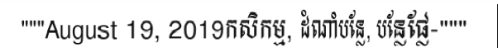
"""August 19, 2019កសិកម្ម, ដំណាំបន្លែ, បន្លែផ្លែ-"""